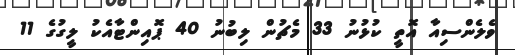
ވެލެންސިއާ އޮތީ ކުޅުނު 33 މެޗުން ލިބުނު 40 ޕޮއިންޓާއެކު ލީގުގެ 11